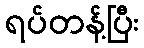
ရပ်တန့်ပြီး